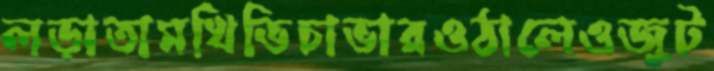
লড়াতামখিভিচাভারওঠালেওজুট